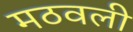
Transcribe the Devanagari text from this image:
मठवली